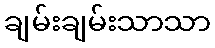
ချမ်းချမ်းသာသာ